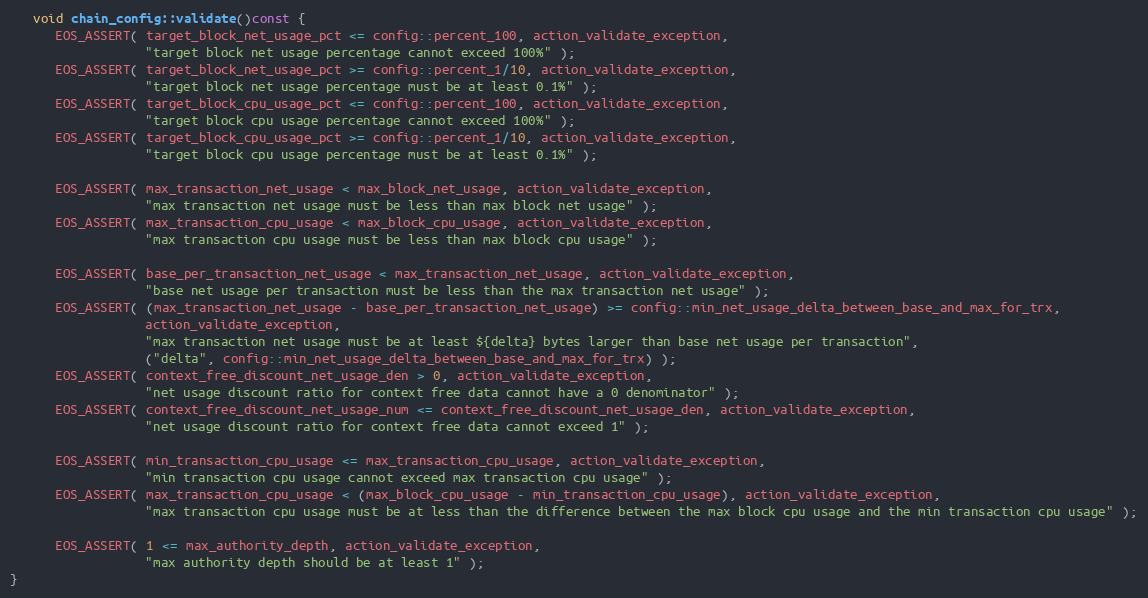
Language: C++
   void chain_config::validate()const {
      EOS_ASSERT( target_block_net_usage_pct <= config::percent_100, action_validate_exception,
                  "target block net usage percentage cannot exceed 100%" );
      EOS_ASSERT( target_block_net_usage_pct >= config::percent_1/10, action_validate_exception,
                  "target block net usage percentage must be at least 0.1%" );
      EOS_ASSERT( target_block_cpu_usage_pct <= config::percent_100, action_validate_exception,
                  "target block cpu usage percentage cannot exceed 100%" );
      EOS_ASSERT( target_block_cpu_usage_pct >= config::percent_1/10, action_validate_exception,
                  "target block cpu usage percentage must be at least 0.1%" );

      EOS_ASSERT( max_transaction_net_usage < max_block_net_usage, action_validate_exception,
                  "max transaction net usage must be less than max block net usage" );
      EOS_ASSERT( max_transaction_cpu_usage < max_block_cpu_usage, action_validate_exception,
                  "max transaction cpu usage must be less than max block cpu usage" );

      EOS_ASSERT( base_per_transaction_net_usage < max_transaction_net_usage, action_validate_exception,
                  "base net usage per transaction must be less than the max transaction net usage" );
      EOS_ASSERT( (max_transaction_net_usage - base_per_transaction_net_usage) >= config::min_net_usage_delta_between_base_and_max_for_trx,
                  action_validate_exception,
                  "max transaction net usage must be at least ${delta} bytes larger than base net usage per transaction",
                  ("delta", config::min_net_usage_delta_between_base_and_max_for_trx) );
      EOS_ASSERT( context_free_discount_net_usage_den > 0, action_validate_exception,
                  "net usage discount ratio for context free data cannot have a 0 denominator" );
      EOS_ASSERT( context_free_discount_net_usage_num <= context_free_discount_net_usage_den, action_validate_exception,
                  "net usage discount ratio for context free data cannot exceed 1" );

      EOS_ASSERT( min_transaction_cpu_usage <= max_transaction_cpu_usage, action_validate_exception,
                  "min transaction cpu usage cannot exceed max transaction cpu usage" );
      EOS_ASSERT( max_transaction_cpu_usage < (max_block_cpu_usage - min_transaction_cpu_usage), action_validate_exception,
                  "max transaction cpu usage must be at less than the difference between the max block cpu usage and the min transaction cpu usage" );

      EOS_ASSERT( 1 <= max_authority_depth, action_validate_exception,
                  "max authority depth should be at least 1" );
}